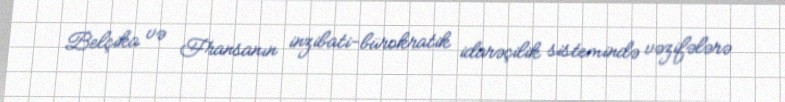
Belçika və Fransanın inzibati-bürokratik idarəçilik sistemində vəzifələrə